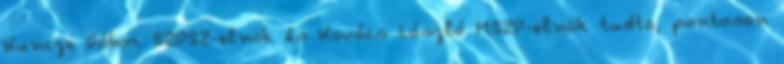
Kuncze Gábor SZDSZ-elnök és Kovács László MSZP-elnök tudta, pontosan